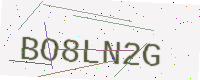
Text: BO8LN2G